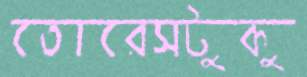
তোরেসটুকু